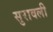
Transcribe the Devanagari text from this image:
सुरावली